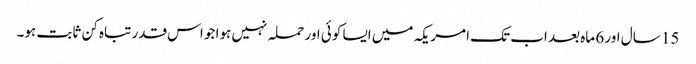
15 سال اور 6 ماہ بعد اب تک امریکہ میں ایسا کوئی اور حملہ نہیں ہوا جو اس قدر تباہ کن ثابت ہو۔